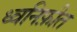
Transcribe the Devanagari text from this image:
ध्वनिफ़ीत